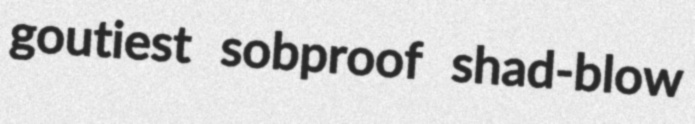
goutiest sobproof shad-blow